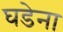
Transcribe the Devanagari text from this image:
घडेना